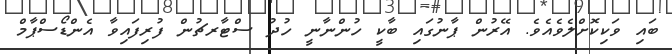
ބައި ވަކިކޮށްލެވެއެވެ. އޭރުން ޕާނުގައި ބާކީ ހުންނާނީ ހުދު ސްޓާރޗުން ފުރިފައިވާ އެންޑޯސްޕާމް